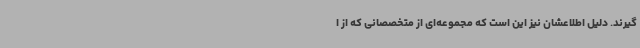
گیرند. دلیل اطلاعشان نیز این است که مجموعه‌ای از متخصصانی که از ا